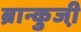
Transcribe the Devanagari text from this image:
ब्रान्कुजी़